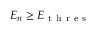
E _ { n } \geq E _ { \mathrm { ~ t ~ h ~ r ~ e ~ s ~ } }